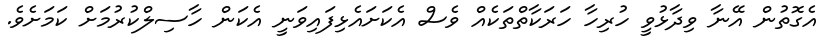
އެގޮތުން އޭނާ ވިދާޅުވީ ހުރިހާ ހަރަކާތްތަކެއް ވެސް އެކަށައެޅިފައިވަނީ އެކަން ހާސިލްކުރުމަށް ކަމަށެވެ.